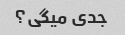
جدی میگی؟